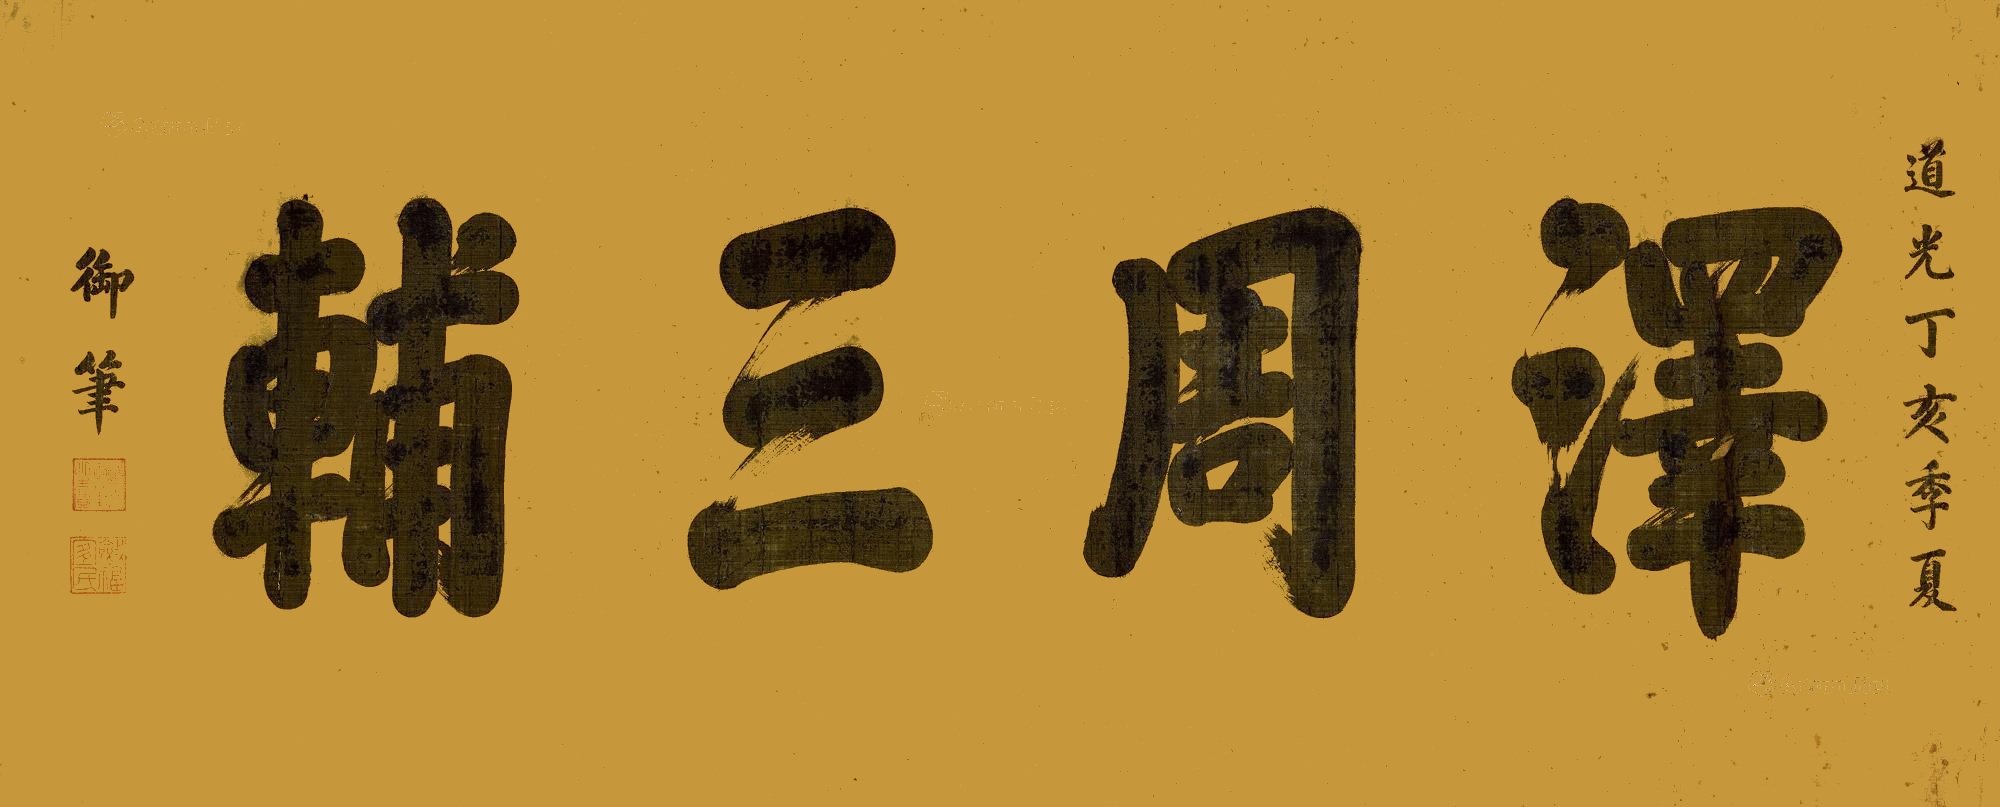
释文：泽周三辅道光丁亥季夏，御笔。